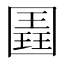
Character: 𭍱